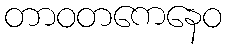
တာဝတကေနေဝ